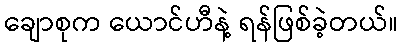
ချောစုက ယောင်ဟီနဲ့ ရန်ဖြစ်ခဲ့တယ်။